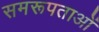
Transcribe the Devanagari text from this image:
समरूपताओं